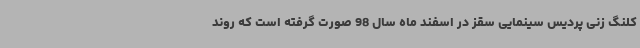
کلنگ زنی پردیس سینمایی سقز در اسفند ماه سال 98 صورت گرفته است که روند